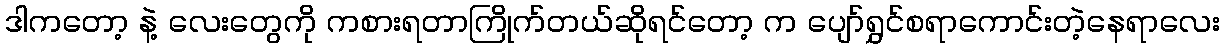
ဒါကတော့ နဲ့ လေးတွေကို ကစားရတာကြိုက်တယ်ဆိုရင်တော့ က ပျော်ရွှင်စရာကောင်းတဲ့နေရာလေး